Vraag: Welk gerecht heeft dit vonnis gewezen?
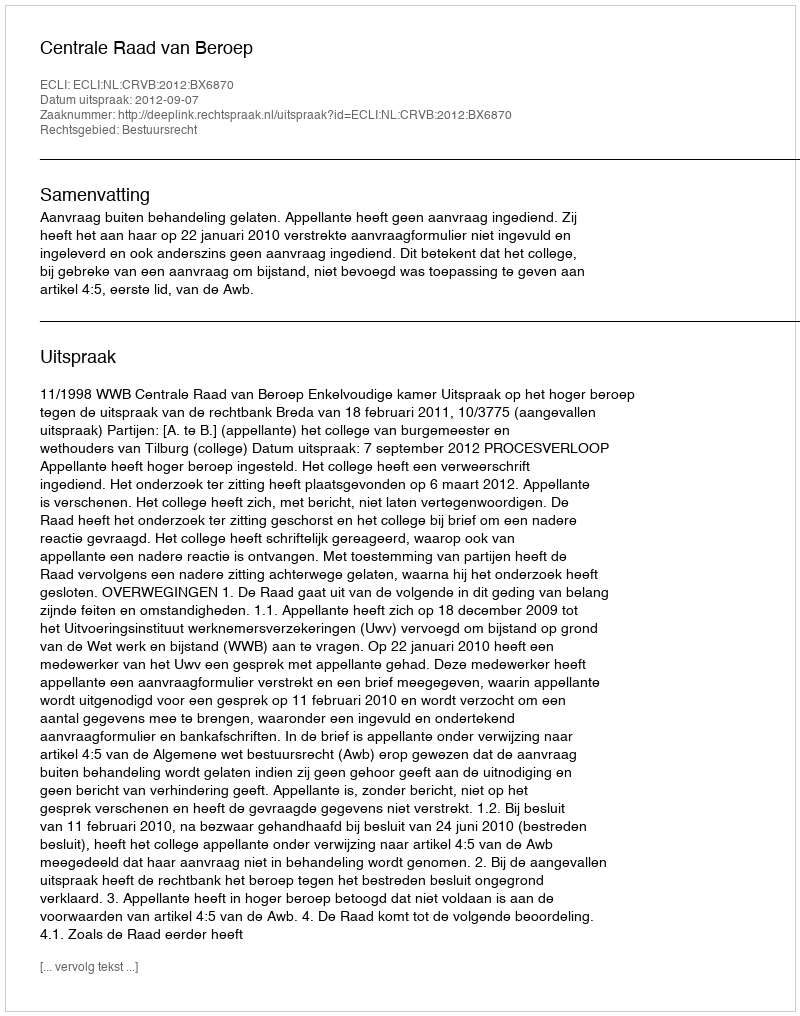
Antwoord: Centrale Raad van Beroep